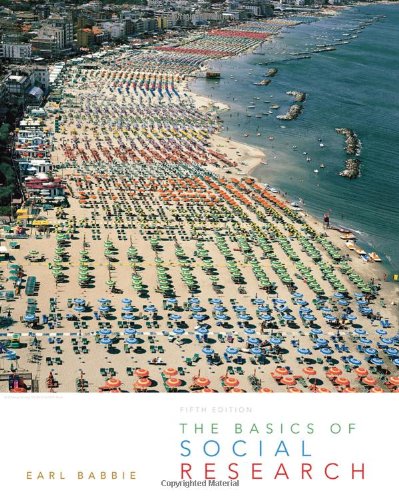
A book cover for The Basics of Social Research (Available Titles CengageNOW); Earl R. Babbie; Politics & Social Sciences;